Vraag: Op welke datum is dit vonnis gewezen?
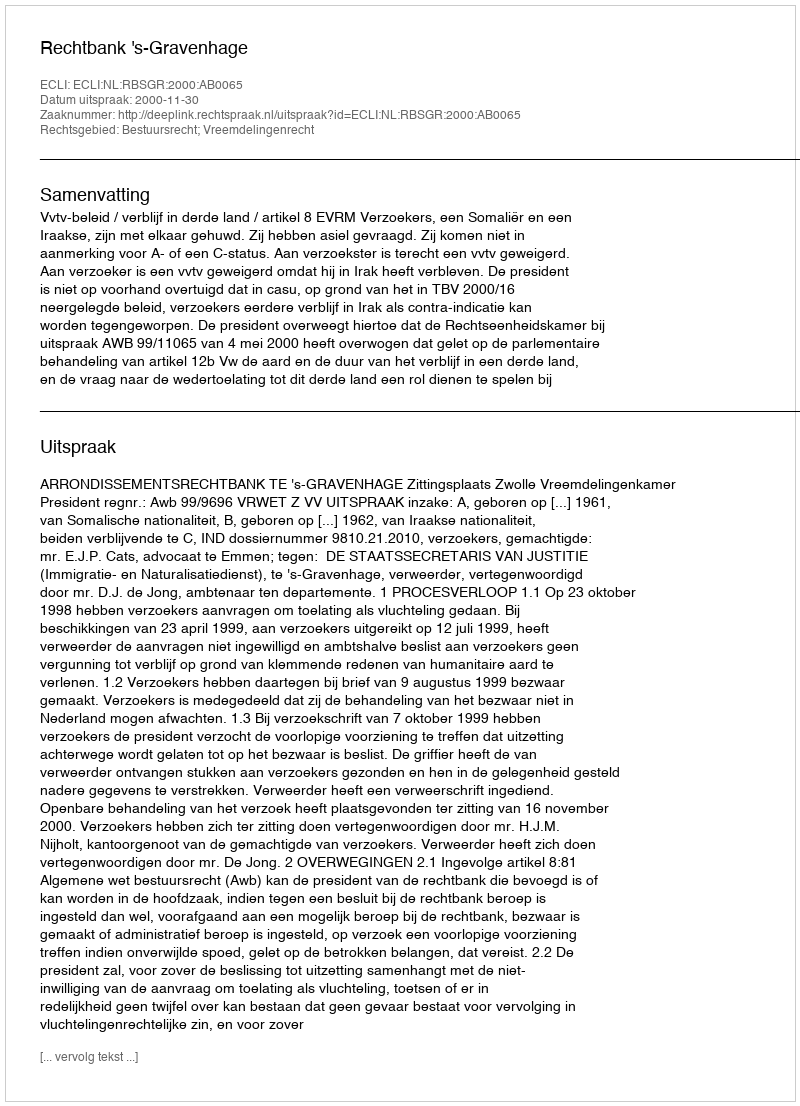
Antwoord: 2000-11-30